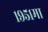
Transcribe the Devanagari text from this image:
१९५१मा